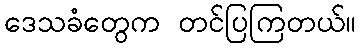
ဒေသခံတွေက တင်ပြကြတယ်။